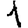
Digit: 1